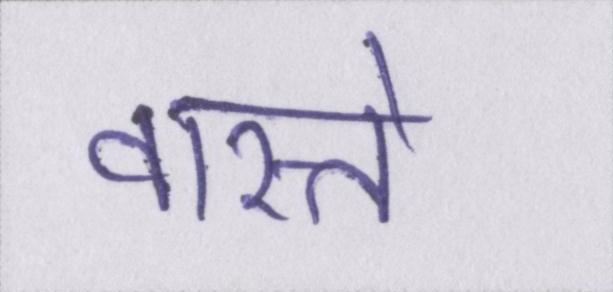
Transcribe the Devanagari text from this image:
वास्ते